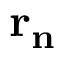
\mathbf { r _ { n } }